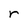
Character: r